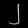
Digit: ၂